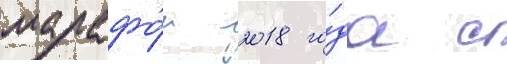
марафо́н 2018 го́да с